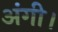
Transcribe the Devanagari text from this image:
अंगी।